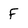
Character: F